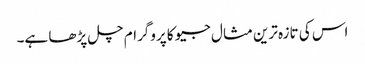
اس کی تازہ ترین مثال جیو کا پروگرام چل پڑھا ہے۔